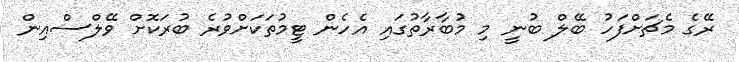
ރޭގެ މެޗަށްފަހު ބޭލް ބުނީ މި މުބާރާތުގައި އެހެން ޓީމުތަކަށްވުރެ ބުރަކޮށް ވޭލްސްއިން